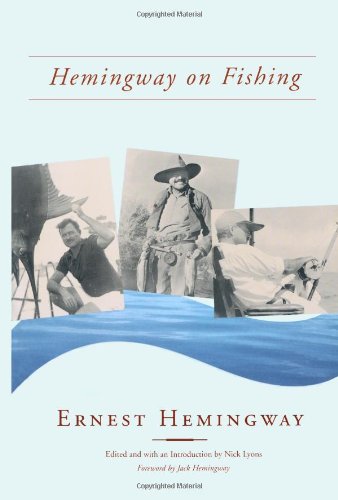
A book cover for Hemingway on Fishing; Ernest Hemingway; Sports & Outdoors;